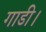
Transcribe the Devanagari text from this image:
गाडी।